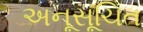
અનૂસૂચિત